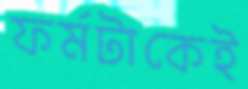
ফর্মটাকেই